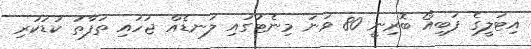
އިޓަލީގެ ފަބިއޯ ބޮރިނީ 80 ވަނަ މިނެޓުގައި ލަނޑެއް ޖަހައި ތަފާތު ކުޑަކުރި